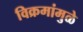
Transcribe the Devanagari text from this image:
विक्रमांमुळे